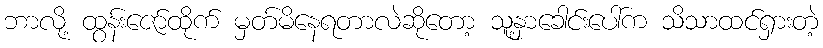
ဘာလို့ ထွန်းဇော်ထိုက် မှတ်မိနေရတာလဲဆိုတော့ သူ့နှာခေါင်းပေါ်က သိသာထင်ရှားတဲ့